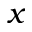
x